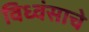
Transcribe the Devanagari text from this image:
विध्वंसाचे